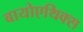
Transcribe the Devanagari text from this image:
बायोएथिक्स